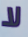
لا